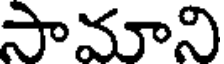
సామాని